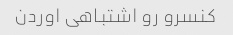
کنسرو رو اشتباهی اوردن